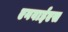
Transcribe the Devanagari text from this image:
एनवाईएस